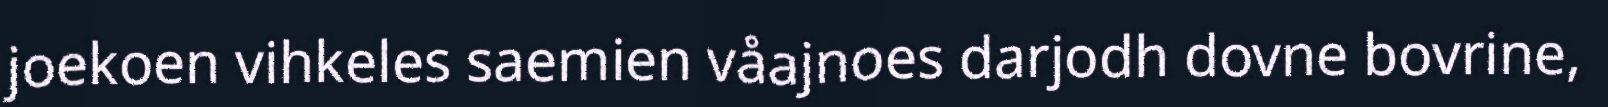
joekoen vihkeles saemien våajnoes darjodh dovne bovrine,